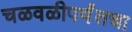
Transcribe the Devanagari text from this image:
चळवळीपर्यंतचा